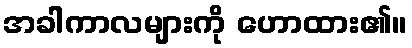
အခါကာလများကို ဟောထား၏။